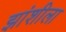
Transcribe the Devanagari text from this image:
झांशीला